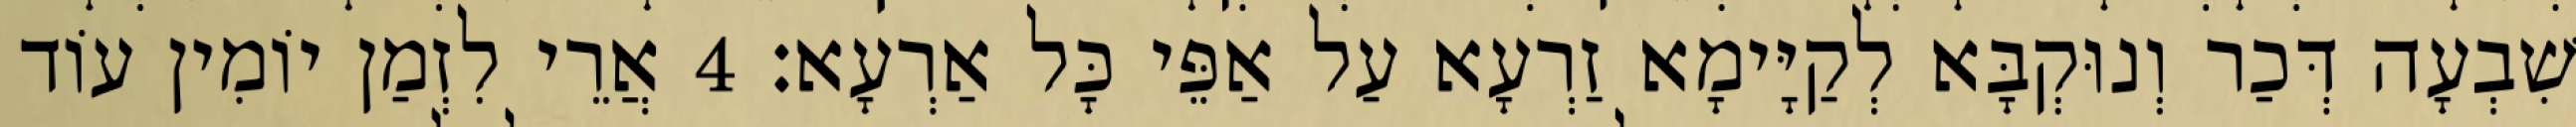
שִׁבְעָה דְּכַר וְנוּקְבָּא לְקַיָּימָא זַרְעָא עַל אַפֵּי כָּל אַרְעָא׃ 4 אֲרֵי לִזְמַן יוֹמִין עוֹד